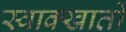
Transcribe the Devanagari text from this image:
स्वाक्खातो